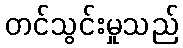
တင်သွင်းမှုသည်